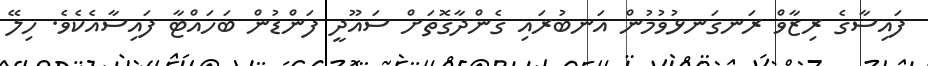
ފައިސާގެ ރިޒާވް ރަނގަނޅުވުމުން އަނބުރައި ގެންދާގޮތަށް ސައޫދީ ފަންޑުން ބަހައްޓާ ފައިސާއެކެވެ. ހިލޭ